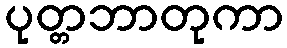
ပုတ္တဘာတုကာ